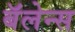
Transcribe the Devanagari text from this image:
बॅलेन्स